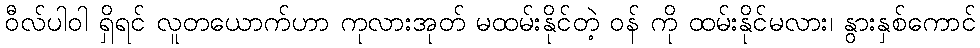
ဝီလ်ပါဝါ ရှိရင် လူတယောက်ဟာ ကုလားအုတ် မထမ်းနိုင်တဲ့ ဝန် ကို ထမ်းနိုင်မလား၊ နွားနှစ်ကောင်